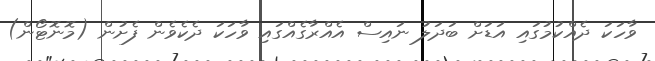
ވާހަކަ ދެއްކުމުގައި އަޑަށް ބަދަލު ނައިސް އެއްރާގެއްގައި ވާހަކަ ދެކެވެން ފެށުން (މޮނޮޓޯން)